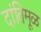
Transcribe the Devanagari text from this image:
दांतिमूळ